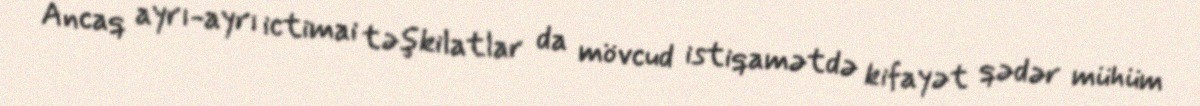
Ancaq ayrı-ayrı ictimai təşkilatlar da mövcud istiqamətdə kifayət qədər mühüm